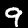
Label: 9